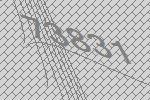
73831